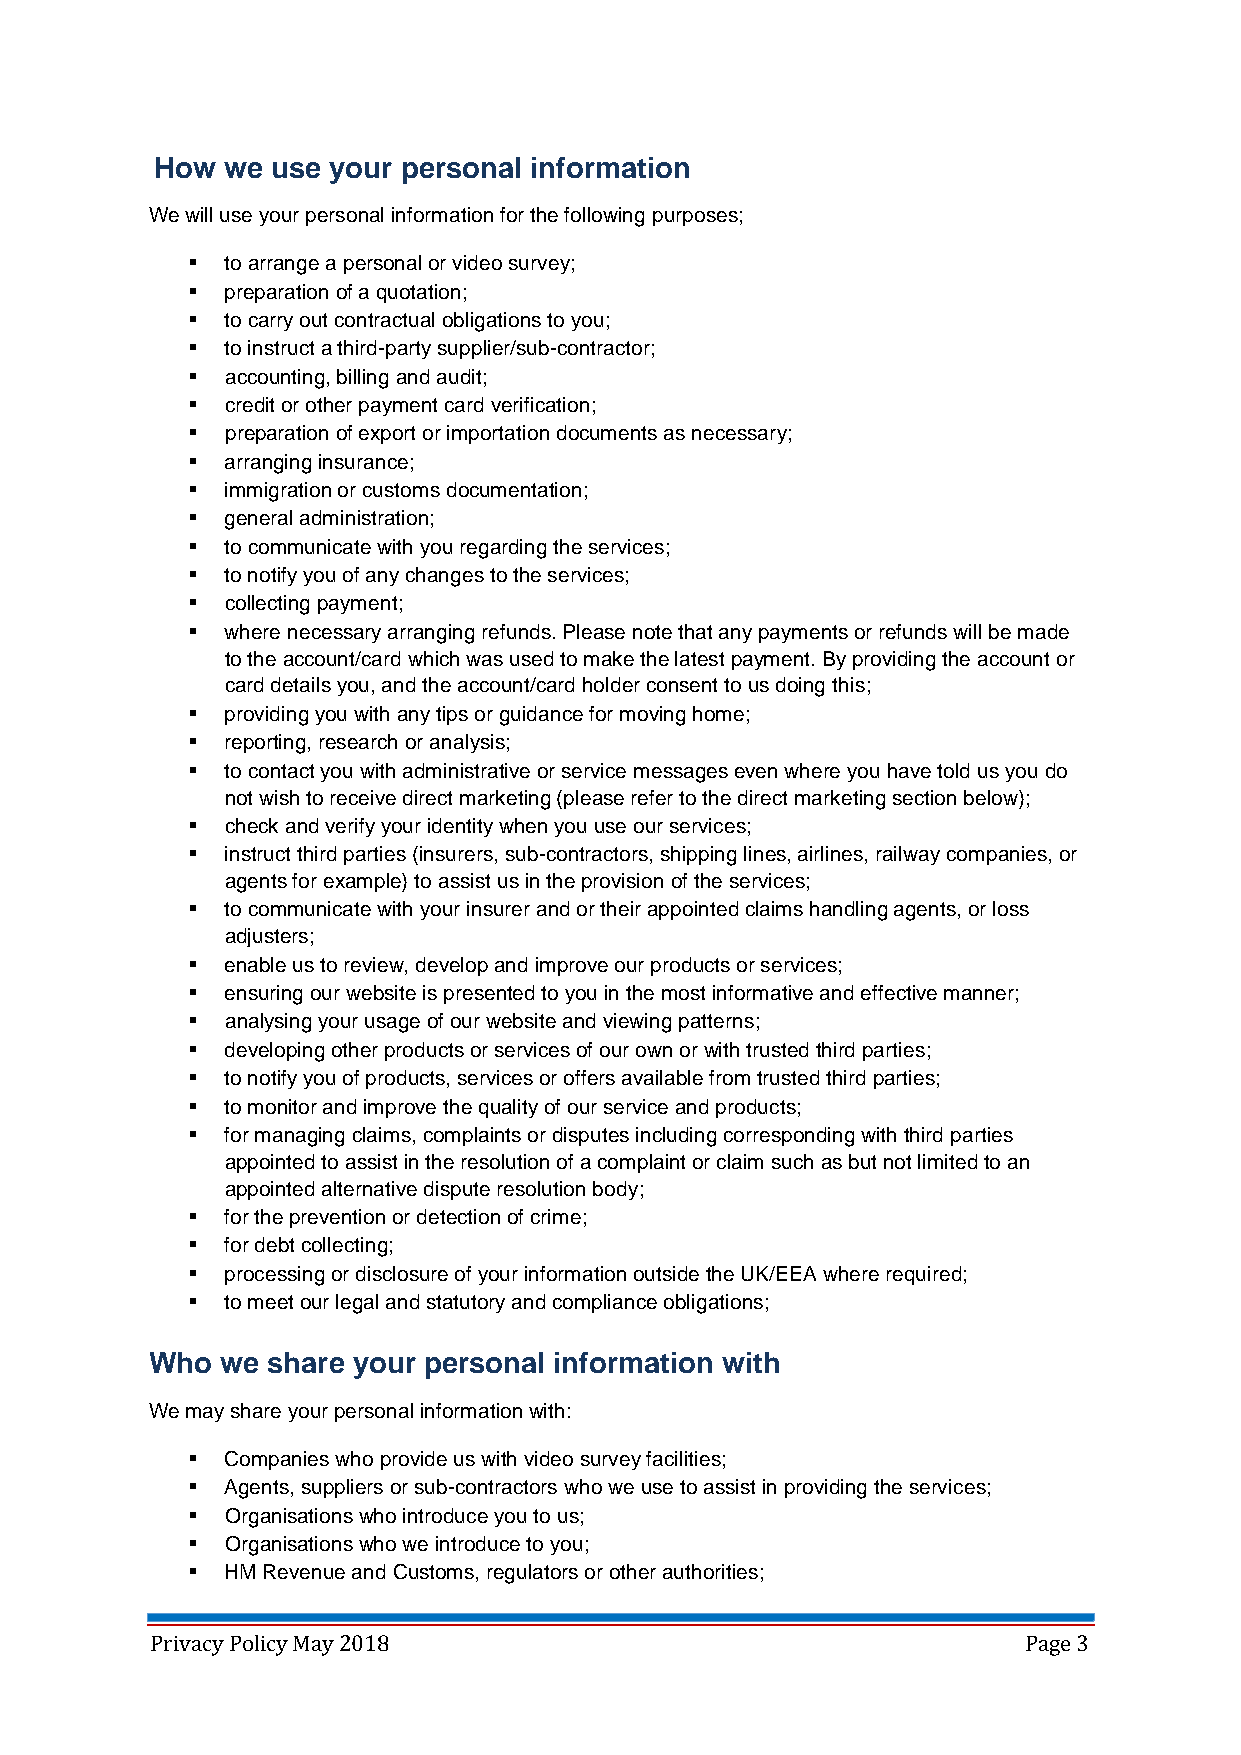
How  we use your personal information
 We will use your personal information for the following purposes;
 ▪  to arrange a personal or video survey;
 ▪  preparation of a quotation;
 ▪  to carry out contractual obligations to you;
 ▪  to instruct a third-party supplier/sub-contractor;
 ▪  accounting, billing and audit;
 ▪  credit or other payment card verification;
 ▪  preparation of export or importation documents as necessary;
 ▪  arranging insurance;
 ▪  immigration or customs documentation;
 ▪  general administration;
 ▪  to communicate with you regarding the services;
 ▪  to notify you of any changes to the services;
 ▪  collecting payment;
 ▪  where necessary arranging refunds. Please note that any payments or refunds will be made
 to the account/card which was used to make the latest payment. By providing the account or
 card details you, and the account/card holder consent to us doing this;
 ▪  providing you with any tips or guidance for moving home;
 ▪  reporting, research or analysis;
 ▪  to contact you with administrative or service messages even where you have told us you do
 not wish to receive direct marketing (please refer to the direct marketing section below);
 ▪  check and verify your identity when you use our services;
 ▪  instruct third parties (insurers, sub-contractors, shipping lines, airlines, railway companies, or
 agents for example) to assist us in the provision of the services;
 ▪  to communicate with your insurer and or their appointed claims handling agents, or loss
 adjusters;
 ▪  enable us to review, develop and improve our products or services;
 ▪  ensuring our website is presented to you in the most informative and effective manner;
 ▪  analysing your usage of our website and viewing patterns;
 ▪  developing other products or services of our own or with trusted third parties;
 ▪  to notify you of products, services or offers available from trusted third parties;
 ▪  to monitor and improve the quality of our service and products;
 ▪  for managing claims, complaints or disputes including corresponding with third parties
 appointed to assist in the resolution of a complaint or claim such as but not limited to an
 appointed alternative dispute resolution body;
 ▪  for the prevention or detection of crime;
 ▪  for debt collecting;
 ▪  processing or disclosure of your information outside the UK/EEA where required;
 ▪  to meet our legal and statutory and compliance obligations;
 Who  we share your personal information with
 We may share your personal information with:
 ▪  Companies who provide us with video survey facilities;
 ▪  Agents, suppliers or sub-contractors who we use to assist in providing the services;
 ▪  Organisations who introduce you to us;
 ▪  Organisations who we introduce to you;
 ▪  HM Revenue and Customs, regulators or other authorities;
 Privacy Policy May 2018                                   Page 3